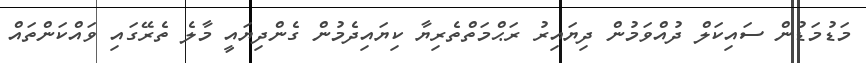
މަޑުމަޑުން ސައިކަލް ދުއްވަމުން ދިޔައިރު ރަޙްމަތްތެރިޔާ ކިޔައިދެމުން ގެންދިޔައީ މާލެ ތެރޭގައި ވައްކަންތައް